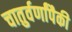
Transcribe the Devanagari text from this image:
चातुर्वर्णांपैकी